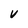
Character: V